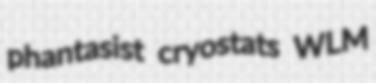
phantasist cryostats WLM